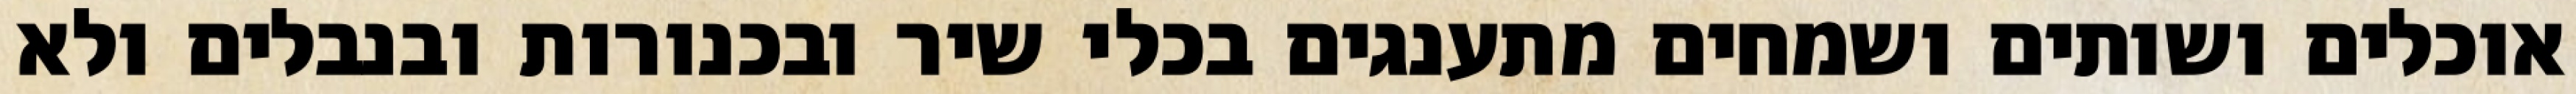
אוכלים ושותים ושמחים מתענגים בכלי שיר ובכנורות ובנבלים ולא